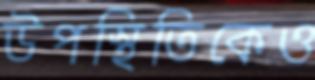
উপস্থিতিকেও